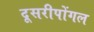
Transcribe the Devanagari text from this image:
दूसरीपोंगल